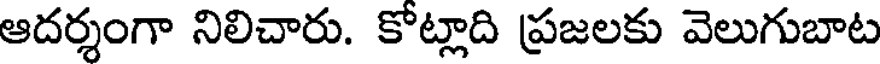
ఆదర్శంగా నిలిచారు. కోట్లాది ప్రజలకు వెలుగుబాట